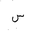
Letter: _sin